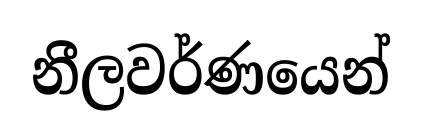
නීලවර්ණයෙන්